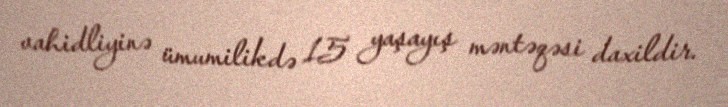
vahidliyinə ümumilikdə 15 yaşayış məntəqəsi daxildir.